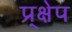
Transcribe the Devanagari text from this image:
प्र्क्षेप